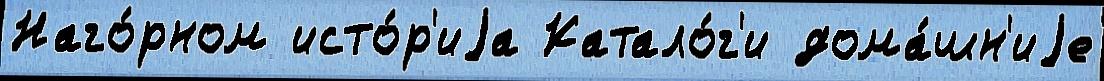
Наго́рном исто́р'иjа Катало́г'и дома́шн'иjе